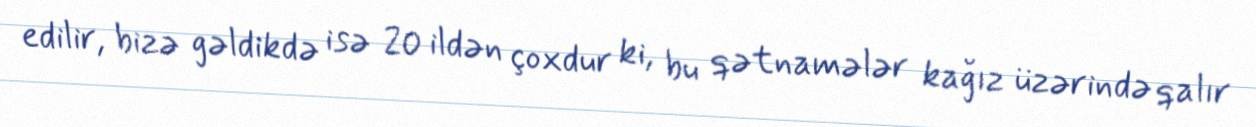
edilir, bizə gəldikdə isə 20 ildən çoxdur ki, bu qətnamələr kağız üzərində qalır